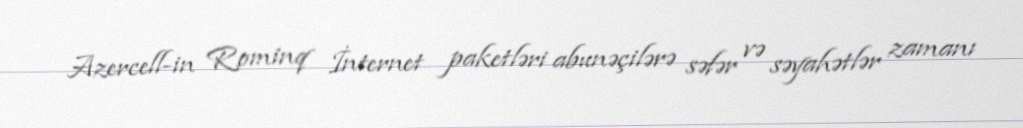
Azercell-in Rominq İnternet paketləri abunəçilərə səfər və səyahətlər zamanı